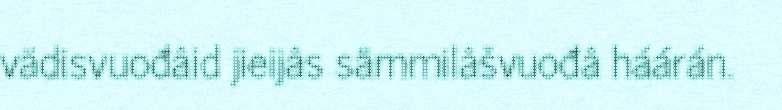
vädisvuođâid jieijâs sämmilâšvuođâ háárán.